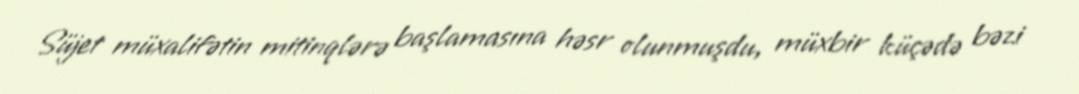
Süjet müxalifətin mitinqlərə başlamasına həsr olunmuşdu, müxbir küçədə bəzi